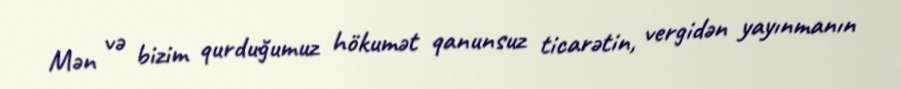
Mən və bizim qurduğumuz hökumət qanunsuz ticarətin, vergidən yayınmanın